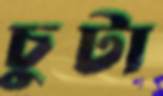
চুটা